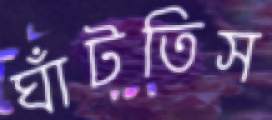
ঘাঁটতিস